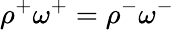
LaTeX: \rho^{+}\omega^{+}=\rho^{-}\omega^{-}